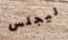
ليجلس